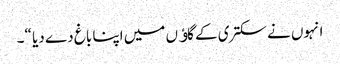
انہوں نے سکتری کے گاﺅں میں اپنا باغ دے دیا “۔